system: You are a helpful assistant.
user:
Analyze the provided spectrum to determine if it is a **M-type Giant (gM)**.

A M-type Giant spectrum is defined by its **strong molecular absorption** features, particularly from **Titanium Oxide (TiO)**. You must check for one of the following mutually exclusive signatures:

- **Key Visual Indicators (Absorption-Dominated Spectrum):**

    - **(Primary):** The spectrum is dominated by strong molecular absorption from **Titanium Oxide (TiO)**. This is the **defining feature** of its M-type temperature class.
        - **(Key Bandheads):** Look for sharp, "saw-tooth" absorption valleys. The strongest are located near **~7050 Å**, **~6160 Å**, and **~5170 Å**.
        - **(Line Profile):** The "saw-tooth" morphology is critical: a **sharp, steep drop on the BLUE (short-wavelength) side** of the bandhead, followed by a gradual recovery (rising flux) towards the RED (long-wavelength) side.

    - **(Key Confirmation - Giant vs. Dwarf):** **ABSENCE** of strong **Calcium Hydride (CaH)** molecular bands. This is the primary diagnostic for *excluding* M-dwarfs.
        - **(Key Region):** The spectrum should lack the strong, broad absorption band seen in dwarfs between **~6800 Å and ~7000 Å**.

    - **(Secondary Confirmation - Giant):** A very strong and broad **Neutral Calcium (Ca I)** atomic absorption line.
        - **(Key Line):** Located at **~4226 Å**. In a giant (gM), this line is significantly deeper and broader than the same line in an M-dwarf (dM) due to low surface gravity.

    - **(Overall Spectrum):**
        - The continuum is **extremely red-sloping** (i.e., flux is very low in the blue and rises dramatically towards the red).
        - The entire spectrum appears "chopped up" by the deep TiO bands.

Think first, call **spectral_visualization_tool** if needed to examine features in detail, then provide your final answer. Your response must adhere to the following strict rules:
1.  **Overall Structure:** Your response must follow the format `<think>...</think> <tool_call>...</tool_call> (if a tool is used) <answer>...</answer>`.
2.  **Tool Usage Constraint:** You may only make **one** tool call per turn.
3.  **Final Answer Format:** In the `<answer>` tag, your conclusion must be inside a `\boxed{}` command (e.g., `\boxed{YES}` or `\boxed{NO}`), followed by your justification.

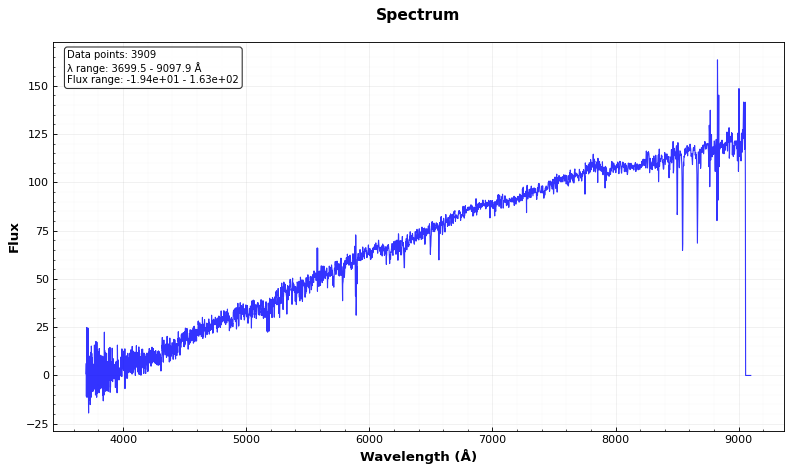
Answer: NO